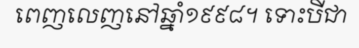
ពេញលេញនៅឆ្នាំ១៩៩៨។ ទោះបីជា